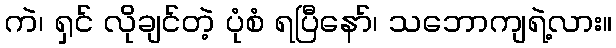
ကဲ၊ ရှင် လိုချင်တဲ့ ပုံစံ ရပြီနော်၊ သဘောကျရဲ့လား။